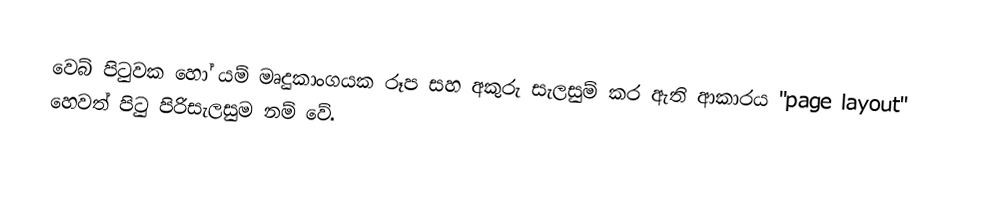
වෙබ් පිටුවක හෝ යම් මෘදුකාංගයක රූප සහ අකුරු සැලසුම් කර ඇති ආකාරය "page layout" හෙවත් පිටු පිරිසැලසුම නම් වේ.